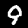
Digit: 9